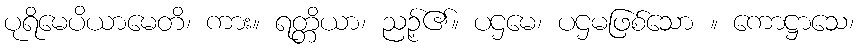
ပုရိမေပိယာမေတိ၊ ကား။ ရတ္တိယာ၊ ညဉ့်၏။ ပဌမေ၊ ပဌမဖြစ်သော ။ ကောဋ္ဌာသေ၊